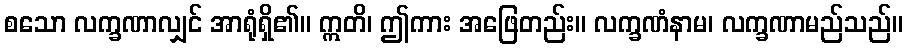
စသော လက္ခဏာလျှင် အာရုံရှိ၏။ ဣတိ၊ ဤကား အဖြေတည်း။ လက္ခဏံနာမ၊ လက္ခဏာမည်သည်။